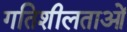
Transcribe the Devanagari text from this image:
गतिशीलताओं